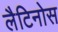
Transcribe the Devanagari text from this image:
लैटिनोस